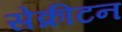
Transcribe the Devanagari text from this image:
सेक्रीटन